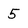
Character: 5